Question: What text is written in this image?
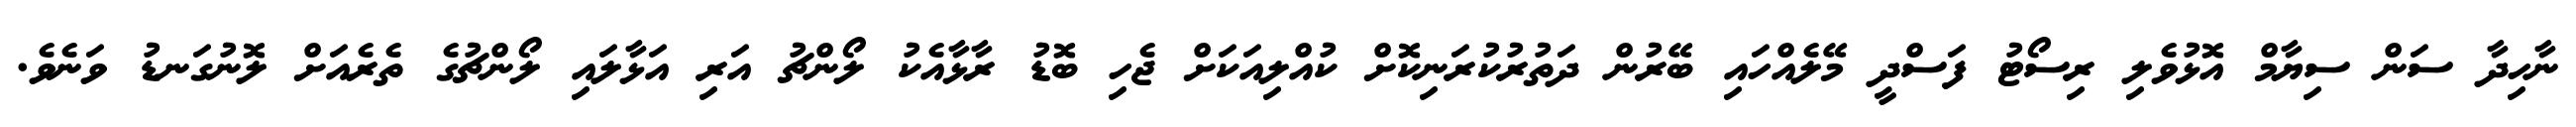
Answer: ނާހިދާ ސަން ސިޔާމް އޮޅުވެލި ރިސޯޓު ފަސްދީ މޭލެއްހައި ބޭރުން ދަތުރުކުރަނިކޮށް ކުއްލިއަކަށް ޖެހި ބޮޑު ރާޅާއެކު ލޯންޗު އަރި އަޅާލައި ލޯންޗުގެ ތެރެއަށް ލޮނުގަނޑު ވަނެވެ.